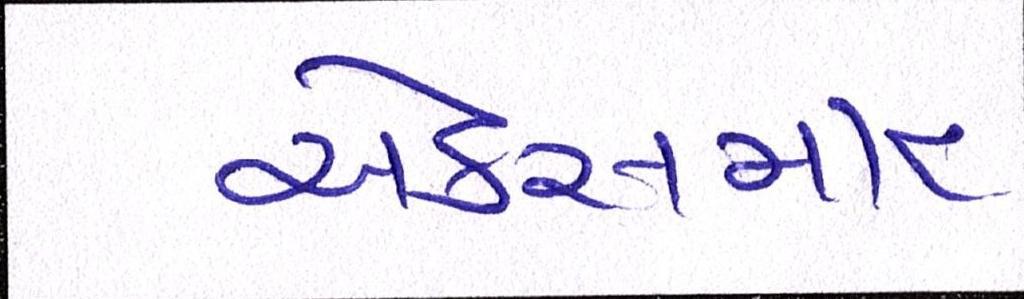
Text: એક્સમાર